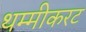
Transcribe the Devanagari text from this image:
थम्मीकरट